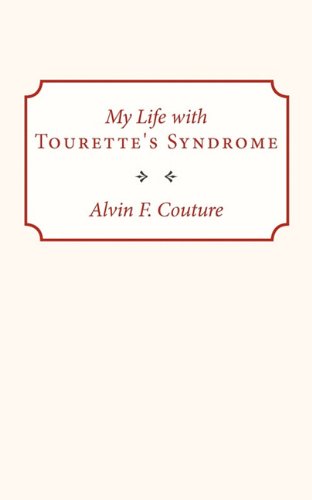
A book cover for My Life with Tourette Syndrome; Alvin F. Couture; Health, Fitness & Dieting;